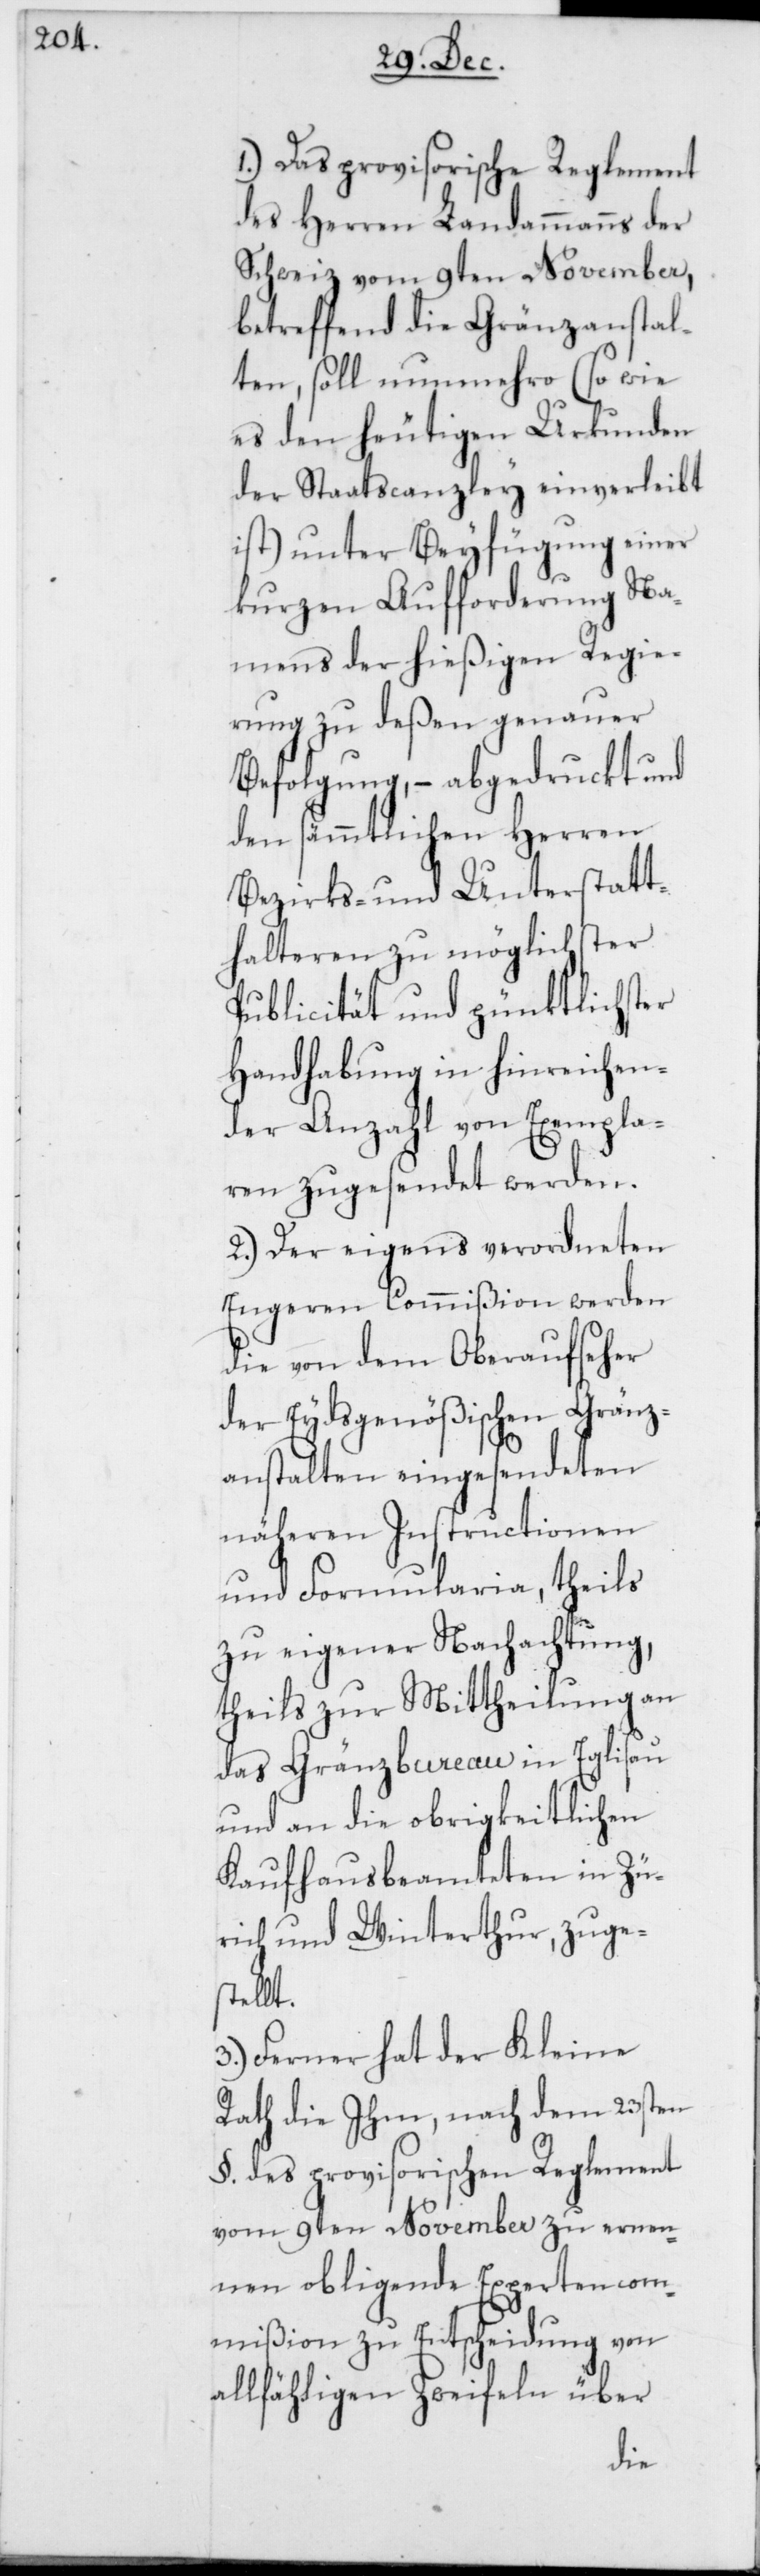
1.) Das provisorische Reglement
des Herren Landammanns der
Schweiz vom 9ten November,
betreffend die Gränzanstal¬
ten, soll nunmehro (so wie
es den heutigen Urkunden
der Staatscanzley einverleibt
ist) unter Beyfügung einer
kurzen Aufforderung Na¬
mens der hießigen Regie¬
rung zu deßen genauer
Befolgung, – abgedruckt und
den sämmtlichen Herren
Bezirks- und Unterstatt¬
halteren zu möglichster
Publicität und pünktlichster
Handhabung in hinreichen¬
der Anzahl von Exempla¬
ren zugesendet werden.
2.) Der eigens verordneten
Engeren Commißion werden
die von dem Oberaufseher
der Eydsgenößischen Gränz¬
anstalten eingesendeten
näheren Instructionen
und Formularia, theils
zu eigener Nachachtung,
theils zur Mittheilung an
das Gränzbureau in Eglisau
und an die obrigkeitlichen
Kaufhausbeamteten in Zü¬
rich und Winterthur, zuges¬
tellt.
3.) Ferner hat der Kleine
Rath die Ihm, nach dem 23sten
§. des provisorischen Reglement
vom 9ten November zu ernen¬
nen obligende Expertenco¬
mmißion zu Entscheidung von
allfähligen Zweifeln über